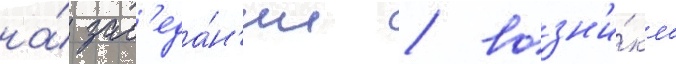
на́ зас'еда́н'ии / возн'и́кло